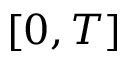
[ 0 , T ]